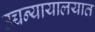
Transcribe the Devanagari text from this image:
उच्चन्यायालयात